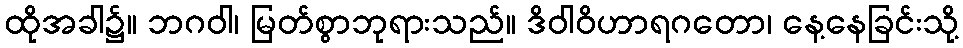
ထိုအခါ၌။ ဘဂဝါ၊ မြတ်စွာဘုရားသည်။ ဒိဝါဝိဟာရဂတော၊ နေ့နေခြင်းသို့